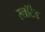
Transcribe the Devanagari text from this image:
स्लॉटेड